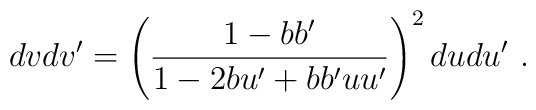
dvdv'=\left(\frac{1-bb'}{1-2bu'+bb'uu'}\right)^2dudu'~.